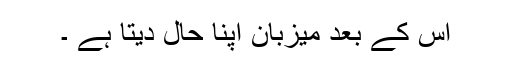
اس کے بعد میزبان اپنا حال دیتا ہے ۔